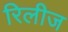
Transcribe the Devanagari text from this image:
रिलीज